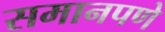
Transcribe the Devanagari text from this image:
समानपणे